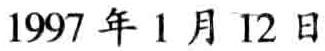
1997 年 1 月 12 日